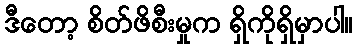
ဒီတော့ စိတ်ဖိစီးမှုက ရှိကိုရှိမှာပါ။